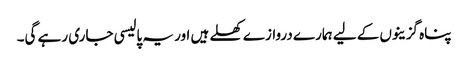
پناہ گزینوں کے لیے ہمارے دروازے کھلے ہیں اور یہ پالیسی جاری رہے گی۔